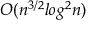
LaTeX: O ( n ^ { 3 / 2 } l o g ^ { 2 } n )